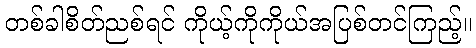
တစ်ခါစိတ်ညစ်ရင် ကိုယ့်ကိုကိုယ်အပြစ်တင်ကြည့်။